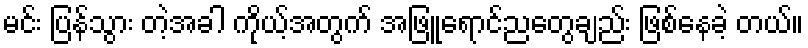
မင်း ပြန်သွား တဲ့အခါ ကိုယ့်အတွက် အဖြူရောင်ညတွေချည်း ဖြစ်နေခဲ့ တယ်။